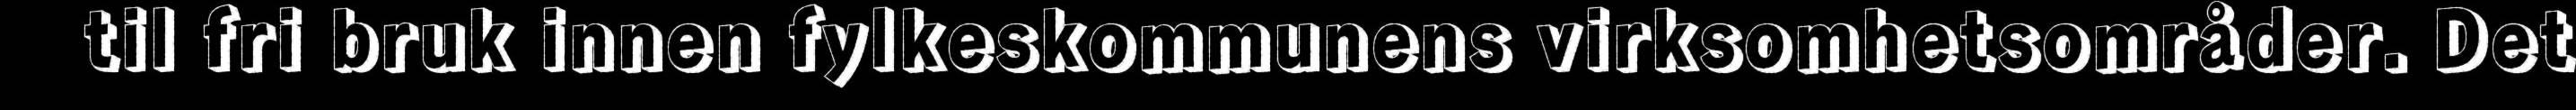
til fri bruk innen fylkeskommunens virksomhetsområder. Det